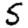
Digit: 5